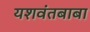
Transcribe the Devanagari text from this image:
यशवंतबाबा